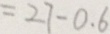
= 2 7 - 0 . 6